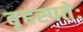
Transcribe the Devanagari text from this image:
बृहस्पतेः